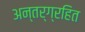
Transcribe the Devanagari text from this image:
अन्तर्ग्रहित